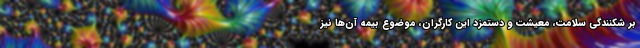
بر شکنندگی سلامت، معیشت و دستمزد این کارگران، موضوع بیمه آن‌ها نیز